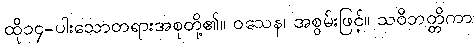
ထို၁၄-ပါးသောတရားအစုတို့၏။ ဝသေန၊ အစွမ်းဖြင့်။ သဝိဘတ္တိကာ